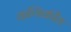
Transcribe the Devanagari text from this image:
कणिकीय